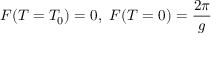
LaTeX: F ( T = T _ { 0 } ) = 0 , \ F ( T = 0 ) = \frac { 2 \pi } { g }